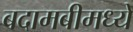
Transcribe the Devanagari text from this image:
बदामबीमध्ये